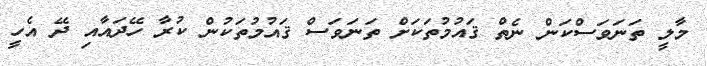
މާލީ ތަނަވަސްކަން ނެތް ޤައުމުތަކަށް ތަނަވަސް ޤައުމުތަކުން ކުރާ ހޭދައާއި ދޭ އެހީ